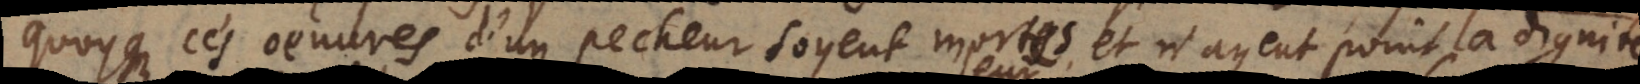
quoyque les oeuvres d’un pecheur soyent mortes et n’ayent point la dignité